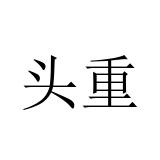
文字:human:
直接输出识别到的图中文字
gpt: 头重